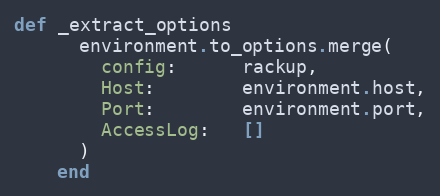
Language: Ruby
def _extract_options
      environment.to_options.merge(
        config:      rackup,
        Host:        environment.host,
        Port:        environment.port,
        AccessLog:   []
      )
    end